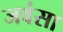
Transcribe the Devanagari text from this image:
जवंसा